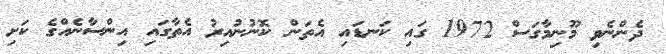
ދެންނެވި މޫނިމާގަސް 1972 ގައި ކަނޑައި އެތަން ކޮނުނުއިރު އެތާގައި އިންސާނެއްގެ ކަށި